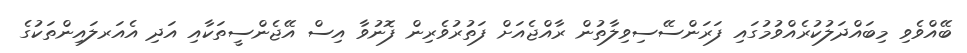
ބޭއްވެވި މިބައްދަލުކުރެއްވުމުގައި ފަރަންސޭސިވިލާތުން ރާއްޖެއަށް ފަތުރުވެރިން ފޮނުވާ އިސް އޭޖެންސީތަކާއި އަދި އެއަރލައިންތަކުގެ